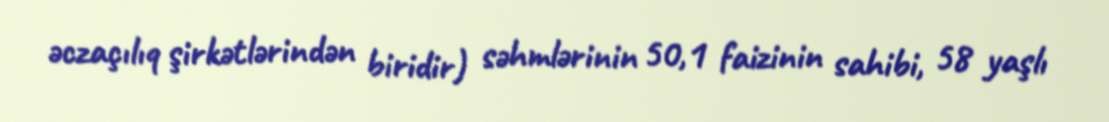
əczaçılıq şirkətlərindən biridir) səhmlərinin 50,1 faizinin sahibi, 58 yaşlı